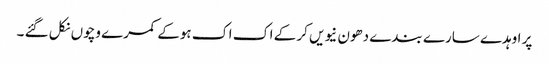
پر اوہدے سارے بندے دھون نیویں کر کے اک اک ہوکے کمرے وچوں نکل گئے ۔